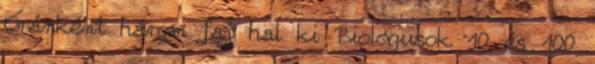
Óránként három faj hal ki Biológusok 10 és 100